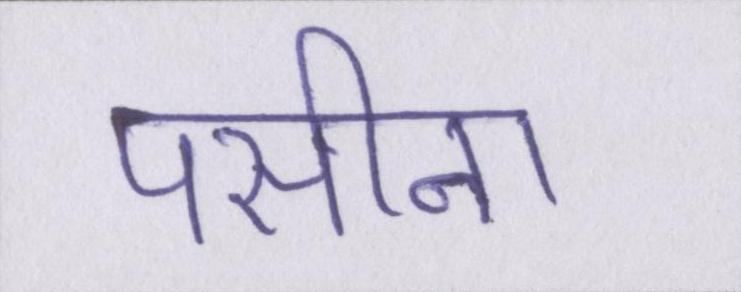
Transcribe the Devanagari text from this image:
पसीना